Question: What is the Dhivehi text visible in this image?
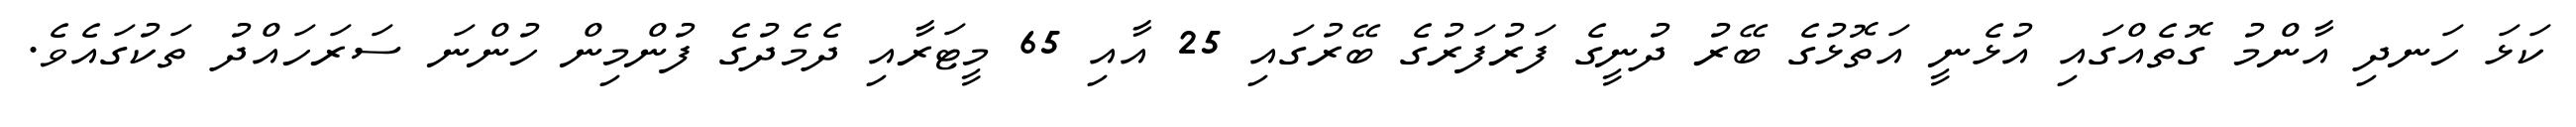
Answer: ކަޅަ ހަނދި އާންމު ގޮތެއްގައި އުޅެނީ އަތޮޅުގެ ބޭރު ދުނީގެ ފަރުފަރުގެ ބޭރުގައި 25 އާއި 65 މީޓަރާއި ދެމެދުގެ ފުންމިން ހުންނަ ސަރަހައްދު ތަކުގައެވެ.